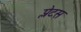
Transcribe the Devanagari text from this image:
प्लेटस